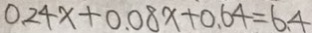
0 . 2 4 x + 0 . 0 8 x + 0 . 6 4 = 6 . 4